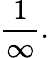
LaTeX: {\frac{1}{\infty}}.